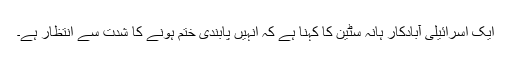
ایک اسرائیلی آبادکار ہانہ سٹین کا کہنا ہے کہ انہیں پابندی ختم ہونے کا شدت سے انتظار ہے۔